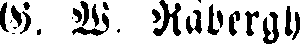
G. W. Råbergh